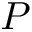
P